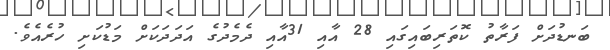
ބަނޑުދަށް ފަރާތު ކޮތަރިބައިގައި 28 އާއި 31އާއި ދެމެދުގެ އަދަދަކަށް މަޑުކަށި ހުރެއެވެ.